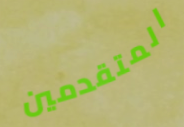
المتقدمين